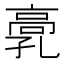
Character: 𩫂